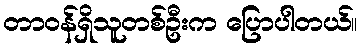
တာဝန်ရှိသူတစ်ဦးက ပြောပါတယ်။